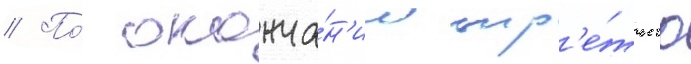
// По́ оконча́н'ии тр'е́тьего